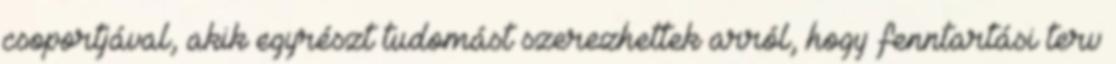
csoportjával, akik egyrészt tudomást szerezhettek arról, hogy fenntartási terv